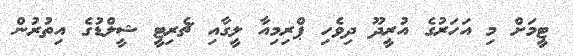
ޓީމަށް މި އަހަރުގެ އުރީދޫ ދިވެހި ޕްރިމިއާ ލީގާއި ޗެރިޓީ ޝީލްޑުގެ އިތުރުން